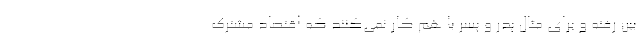
بین رفته و برای مثال پدر و پسر با هم کار نمی‌کنند که اقتصاد مشترک